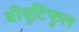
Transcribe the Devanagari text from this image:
बीयूटिफुल